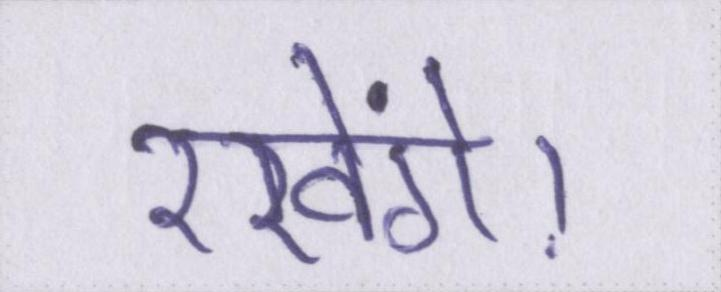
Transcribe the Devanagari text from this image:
रखेंगे।